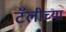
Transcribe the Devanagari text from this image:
टॅलीच्या